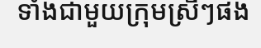
ទាំងជាមួយក្រុមស្រីៗផង